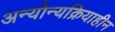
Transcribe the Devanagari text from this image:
अन्योन्यक्रियाहीन